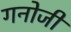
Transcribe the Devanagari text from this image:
गनोजी